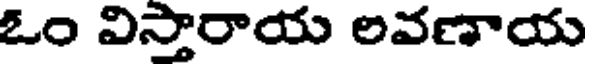
ఓం విస్తారాయ లవణాయ